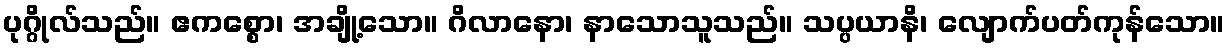
ပုဂ္ဂိုလ်သည်။ ဧကစ္စော၊ အချို့သော။ ဂိလာနော၊ နာသောသူသည်။ သပ္ပယာနိ၊ လျောက်ပတ်ကုန်သော။